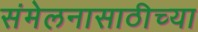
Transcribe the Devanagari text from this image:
संमेलनासाठीच्या